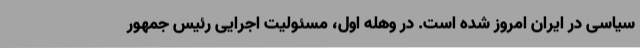
سیاسی در ایران امروز شده است. در وهله اول، مسئولیت اجرایی رئیس جمهور